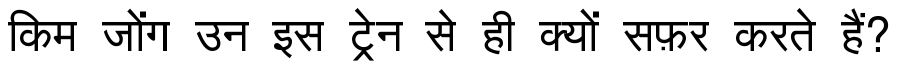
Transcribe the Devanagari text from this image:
किम जोंग उन इस ट्रेन से ही क्यों सफ़र करते हैं?